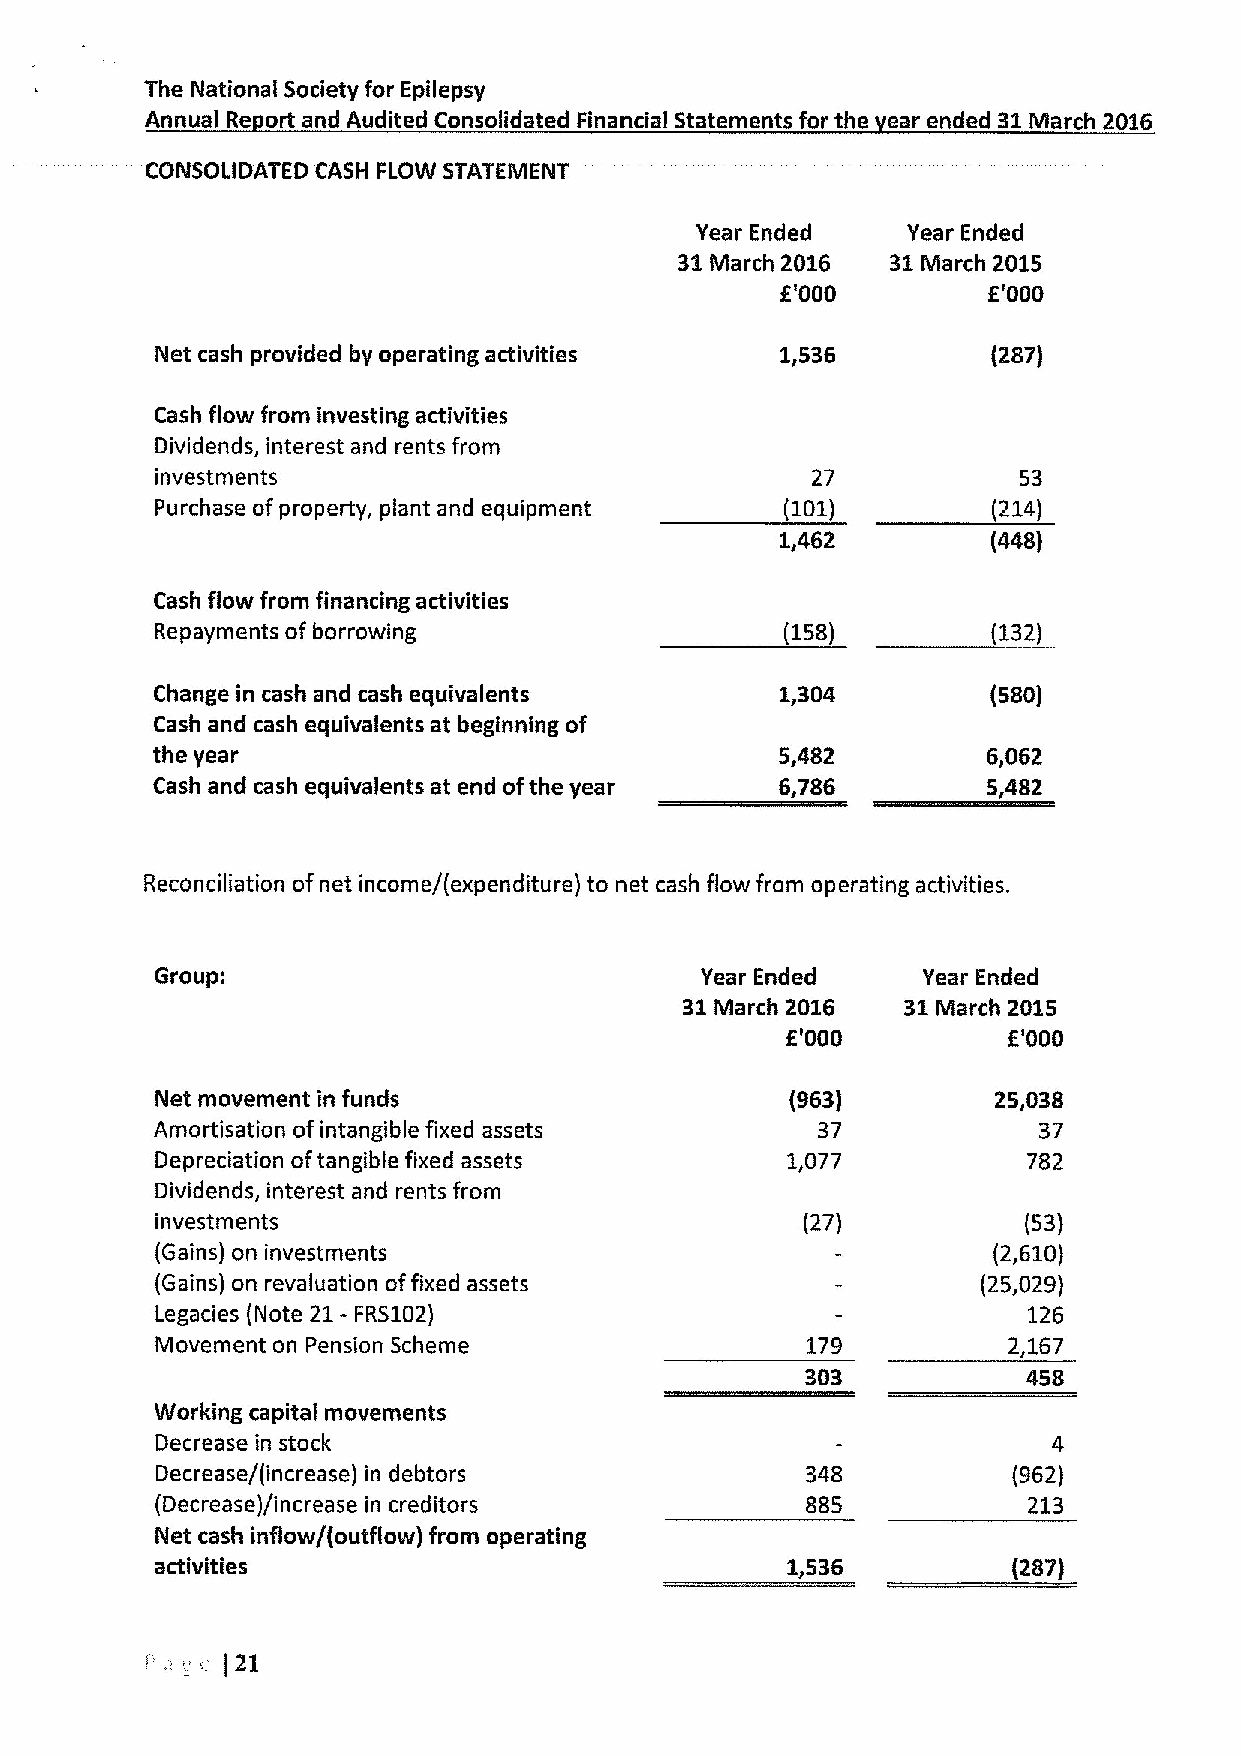
The National Society for Epilepsy
 Annual Re ort and Audited Consolidated Financial Statements for the ear ended 31March 2016
 CONSOLIDATED CASH FLOW STATEMENT
 Year Ended    Year Ended
 31March 2016  31March 2015
 E'000        E'000
 Net cash provided by operating activities 1,536         (287)
 Cash flow from investing activities
 Dividends, interest and rents from
 investments                                 27           53
 Purchase ofproperty, plant and equipment  (101)         (214)
 1,462         (448)
 Cash flow from financing activities
 Repayments of borrowing                   (158)         (132)
 Change in cash and cash equivalents       1,304         (580)
 Cash and cash equivalents at beginning of
 the year                                  5,482        6,062
 Cash and cash equivalents at end ofthe year 6,786      5,482
 Reconciliation ofnet income/(expenditure) to net cash flow from operating activities.
 Group:                              Year Ended     Year Ended
 31March 2016   31March 2015
 E'000           '000
 F.
 Net movement in funds                     (963)         2S,038
 Amortisation ofintangible fixed assets      37             37
 Depreciation oftangible fixed assets      1,077           782
 Dividends, interest and rents from
 investments                                (27)           (53)
 (Gains) on investments                                  (2,610)
 (Gains) on revaluation offixed assets                  (25,029)
 21-
 Legacies (Note FRS102)                                    126
 Movement on Pension Scheme                 179           2,167
 303
 Working capital movements
 Decrease in stock                                           4
 Decrease/[increase) in debtors             348           (962)
 (Decrease)/increase in creditors           885            213
 Net cash inflow/(outflow) from operating
 activities                                               (287)
 )21